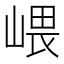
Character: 㟪